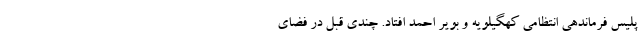
پلیس فرماندهی انتظامی کهگیلویه و بویر احمد افتاد. چندی قبل در فضای